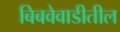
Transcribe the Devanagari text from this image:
बिबवेवाडीतील